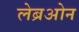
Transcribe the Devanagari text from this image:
लेब्रओन